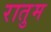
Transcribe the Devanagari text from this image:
रातुम